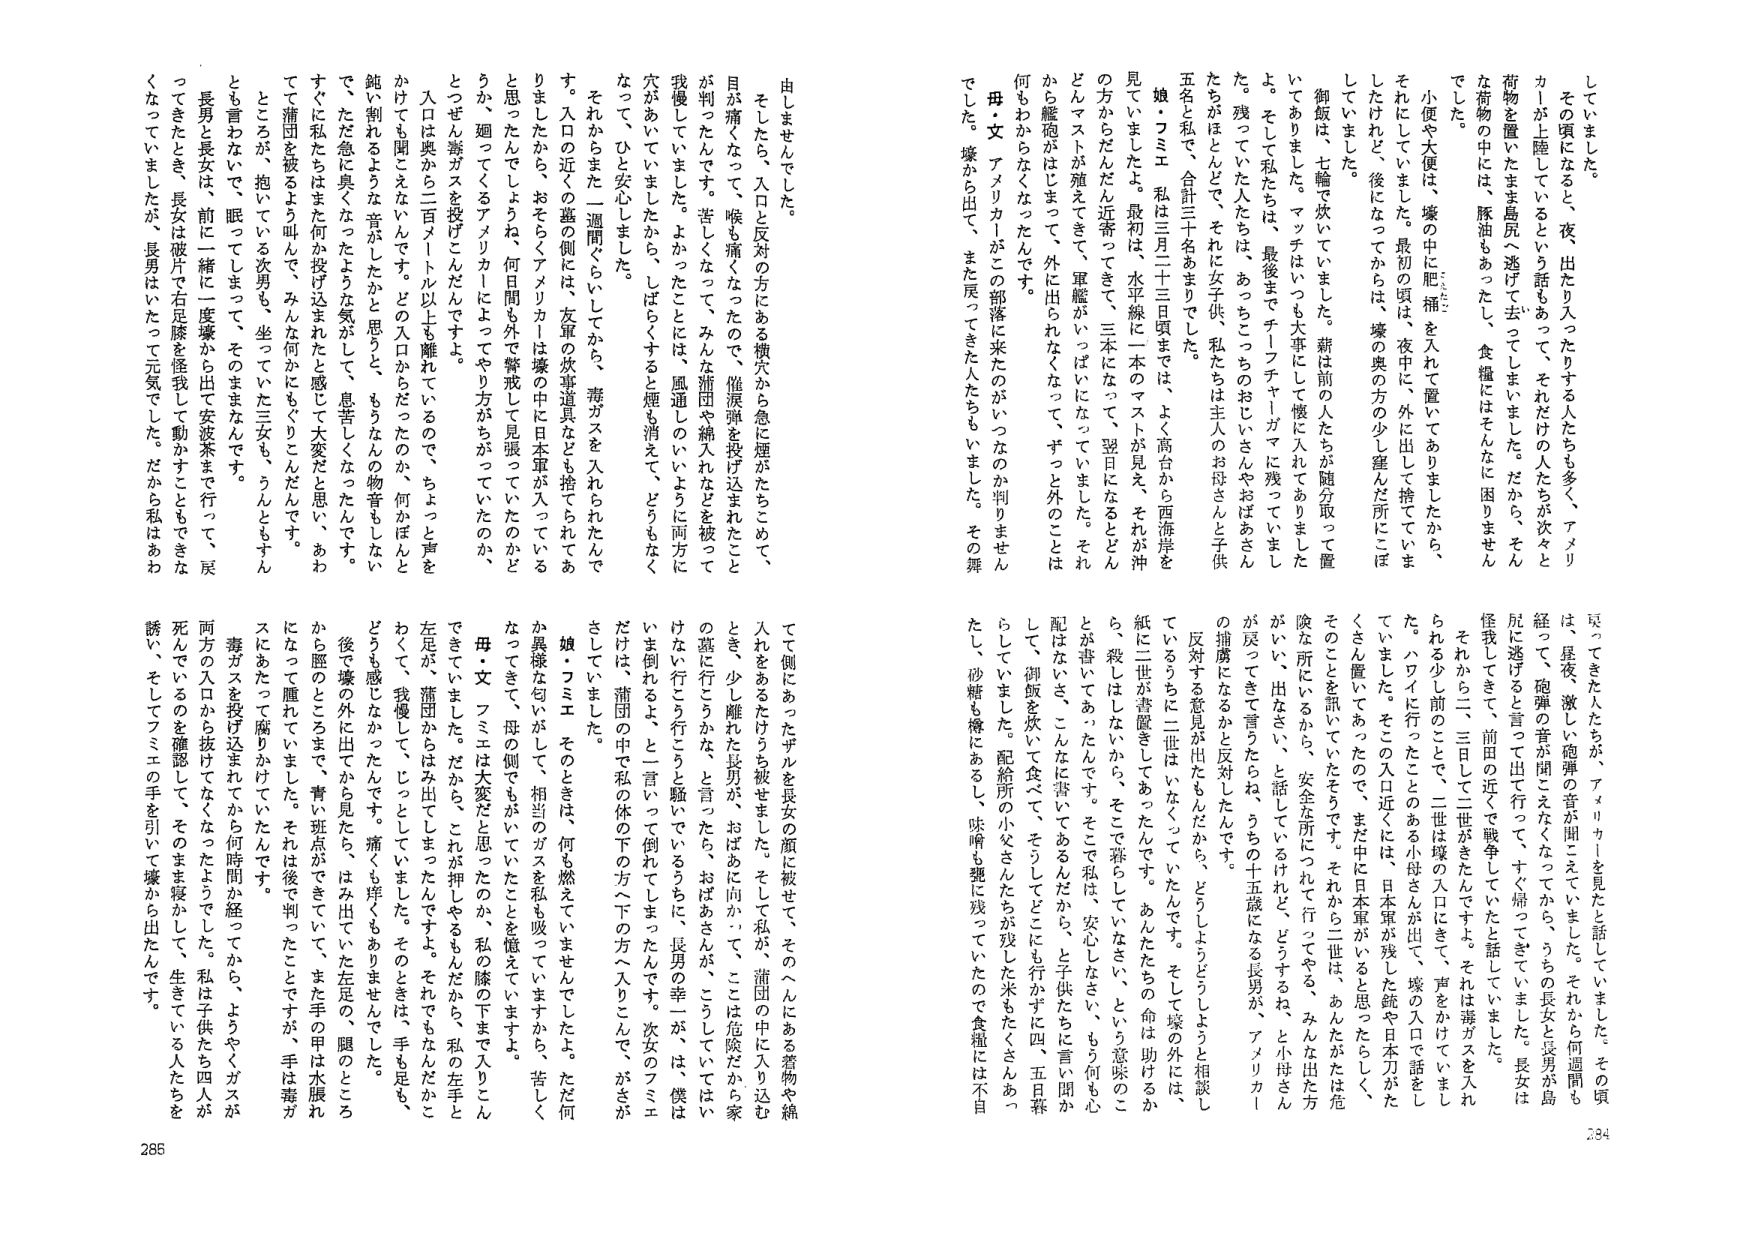
していました。
その頃になると、夜、出たり入ったりする人たちも多く、アメリカ人が上陸しているという話もあって、それだけの人たちが次々と荷物を置いたまま島尻へ逃げて去ってしまいました。だから、そんな荷物の中には、豚油もあったし、食糧にはそんなに困りませんでした。
小便や大便は、壕の中に肥補（はいほ）を入れて置いてありましたから、それにしてもいました。最初の頃は、夜中に、外に出して捨てていましたけれど、後になってからは、壕の奥の方の少し崖んだ所にこぼしていました。
御飯は、七輪で炊いていました。薪は前の人たちが随分取って置いてありました。マッチはいつも大事にして懐に入れてありましたよ。そして私たちは、最後までチーフチャーガマに残っていました。残っていた人たちは、あっちのおりいさんやおばあさんたちがほとんどで、それには女子供、私たちは主人のお母さんと子供五名と私で、合計三十名あまりでした。
娘・フミエ 私は三月二十三日頃までは、よく高台から西海岸を見ていましたよ。最初は、水平線に一本のマストが見え、それが沖の方からだんだん近寄ってきて、三本になって、翌日になるとどんどんマストが殖えてきて、軍艦がいっぱいになっていました。それから艦砲がはじまって、外に出られなくなって、ずっと外のことは何もわからなくなっただけです。
母・文 アメリカ人がこの部隊に来たのがいつなのか判りませんでした。壕から出て、また戻ってきた人たちもいました。その舞
見ってきた人たちが、アメリカ人を見たと話していました。その頃は、昼夜、激しい砲弾の音が聞こえてきていました。それから何週間も経って、砲弾の音が聞こえなくなってきたから、うちの長女と長男が島尻に逃げろと言って出て行って、すぐ帰ってきていました。長女は怪我してきて、前田の近くで戦争していたと話していました。
それから二、三日して二世がきたんですよ。それは毒ガスを入れられる少しだけのことで、二世は壕の入口にきて、声をかけていました。ハワイに行ったことのある小母さんが出て、壕の入口で話をしていました。そこの入口近くには、日本軍が残した銃や日本刀がたくさん置いてあったので、まだ中に日本軍がいると思ったらしく、そのことを訊いていたそうです。それから二世は、あんなたが危険な所にいるから、安全な所にうつして行ってやる、みんなは出た方がいい、出なさい、と話しているけれど、どうするね、と小母さんが戻ってきて言うたらね、うちの十五歳になる長男が、アメリカの捕虜になるかと反対したんです。
反対する意見が出たもんだから、どうしようどうしようと相談しているうちに二世はいなくなっていたんです。そして壕の外には、紙に二世が書置きしてあったんです。あんたたちの命は助けるかち、殺してはしないから、そこで暮らしていなさい、という意味のことが書いてあったんです。そこで私は、安心しなさい、もう何も心配はないさ、こんなに書いてあるんだから、と子供たちに言い聞かして、御飯を炊いて食べて、そうしてどこにも行かずに四、五日暮らしていました。配給所の小父さんたちが残した米もたくさんあったし、砂糖も樽にあるし、味噌も塩に残っていたので食糧には不自
由しませんでした。
そしたら、入口と反対の方にある横穴から急に煙がたちこめて、目が痛くなって、喉も痛くなったので、催涙弾を投げ込まれたことが判ったんです。苦しくなって、みんな蒲団や綿入れなどを被って我慢していました。よかったことには、風通しのいいように両方に穴があいていましたから、しばらくすると煙も消えて、どうもしなくて、ひと安心しました。
それからまた一週間くらいしてから、毒ガスを入れられたんです。入口の近くの蓋の側には、友軍の炊事道具なども捨てられてありましたから、おそらくアメリカ人は壕の中に日本軍が入っていると思ったんでしょうね、何日間も外で警戒して見張っていたのかどうか、廻ってくるアメリカ人によってやり方がちがっていたのか、とつぎん毒ガスを投げこんだんですよ。
入口は奥から二百メートル以上も離れているので、ちょっと声をかけても聞こえないんです。どの入口からだったのか、何かぼんと鈍い割れるような音がしたかと思うと、もうなんの物音もしないで、ただ急に臭くなったような気がして、息苦しくなったんです。すぐに私はたちまち何か投げ込まれたことに感じて大変だと思った、あわてて蒲団を被るよう叫んで、みんな何かにもぐりこんだんです。ところが、抱いている次男も、坐っていた三女も、うんともすんとも言わなくて、眠ってしまって、そのままなんです。
長男と長女は、前に一緒に一度壕から出て安波茶まで行って、戻ってきたとき、長女は破片で右足膝を怪我して動かすこともできなくなっていましたが、長男はいたって元気でした。だから私はあわ
てて側にあったザルを長女の顔に被せて、そのへんにある着物や綿入れをあらためて被せました。それこそが、蒲団の中に入り込むとき、少し離れた長男が、おばあに向かって、ここは危険だから家の墓に行こうかな、と言ったたら、おばあさんが、こうしてはいけないに行こう行こうと騒いでいるうちに、長男の幸一が、は、僕はいま倒れるよ、と言いつて倒れてしまったんです。次女のフミエだけは、蒲団の中で私の体の下の方へ下の方へ入りこんで、がさがさしていました。
娘・フミエ そのときは、何も燃えていませんでしたよ。ただ何か異様な匂いがして、相当のガスを私も吸っていますから、苦しくなってきて、母の側でも、相当のガスを吸っていますよ。
母・文 フミエは大変だと思ったのとか、私の膝の下まで入りこんできていました。だから、これが押しゃるもんだから、私の左手と左足が、蒲団からはみ出してしまったんですよ。それでもなんだかこわくて、我慢して、じっとしていました。そのときは、手も足も、どうも感じなかったんです。痛くも痒くもありませんでした。
後で壕の外に出てから見たら、はみ出ていた左足の、腿のところから脳のところまで、青い斑点ができていて、また手の甲は水腹れになっていたんですよ。それは後で判ったことですが、手は毒ガスにあたって麻痺かけたたんです。
毒ガスを投げ込まれてから何時間か経ってから、ようやくガスが両方の入口から抜けてなくなったようでした。私は子供たち四人が死んでいるのを確認して、そのまま寝かして、生きている人たちを誘い、そしてフミエの手を引いて壕から出たんです。

285
284